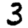
Digit: 3